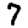
Digit: 7